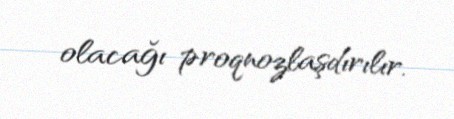
olacağı proqnozlaşdırılır.